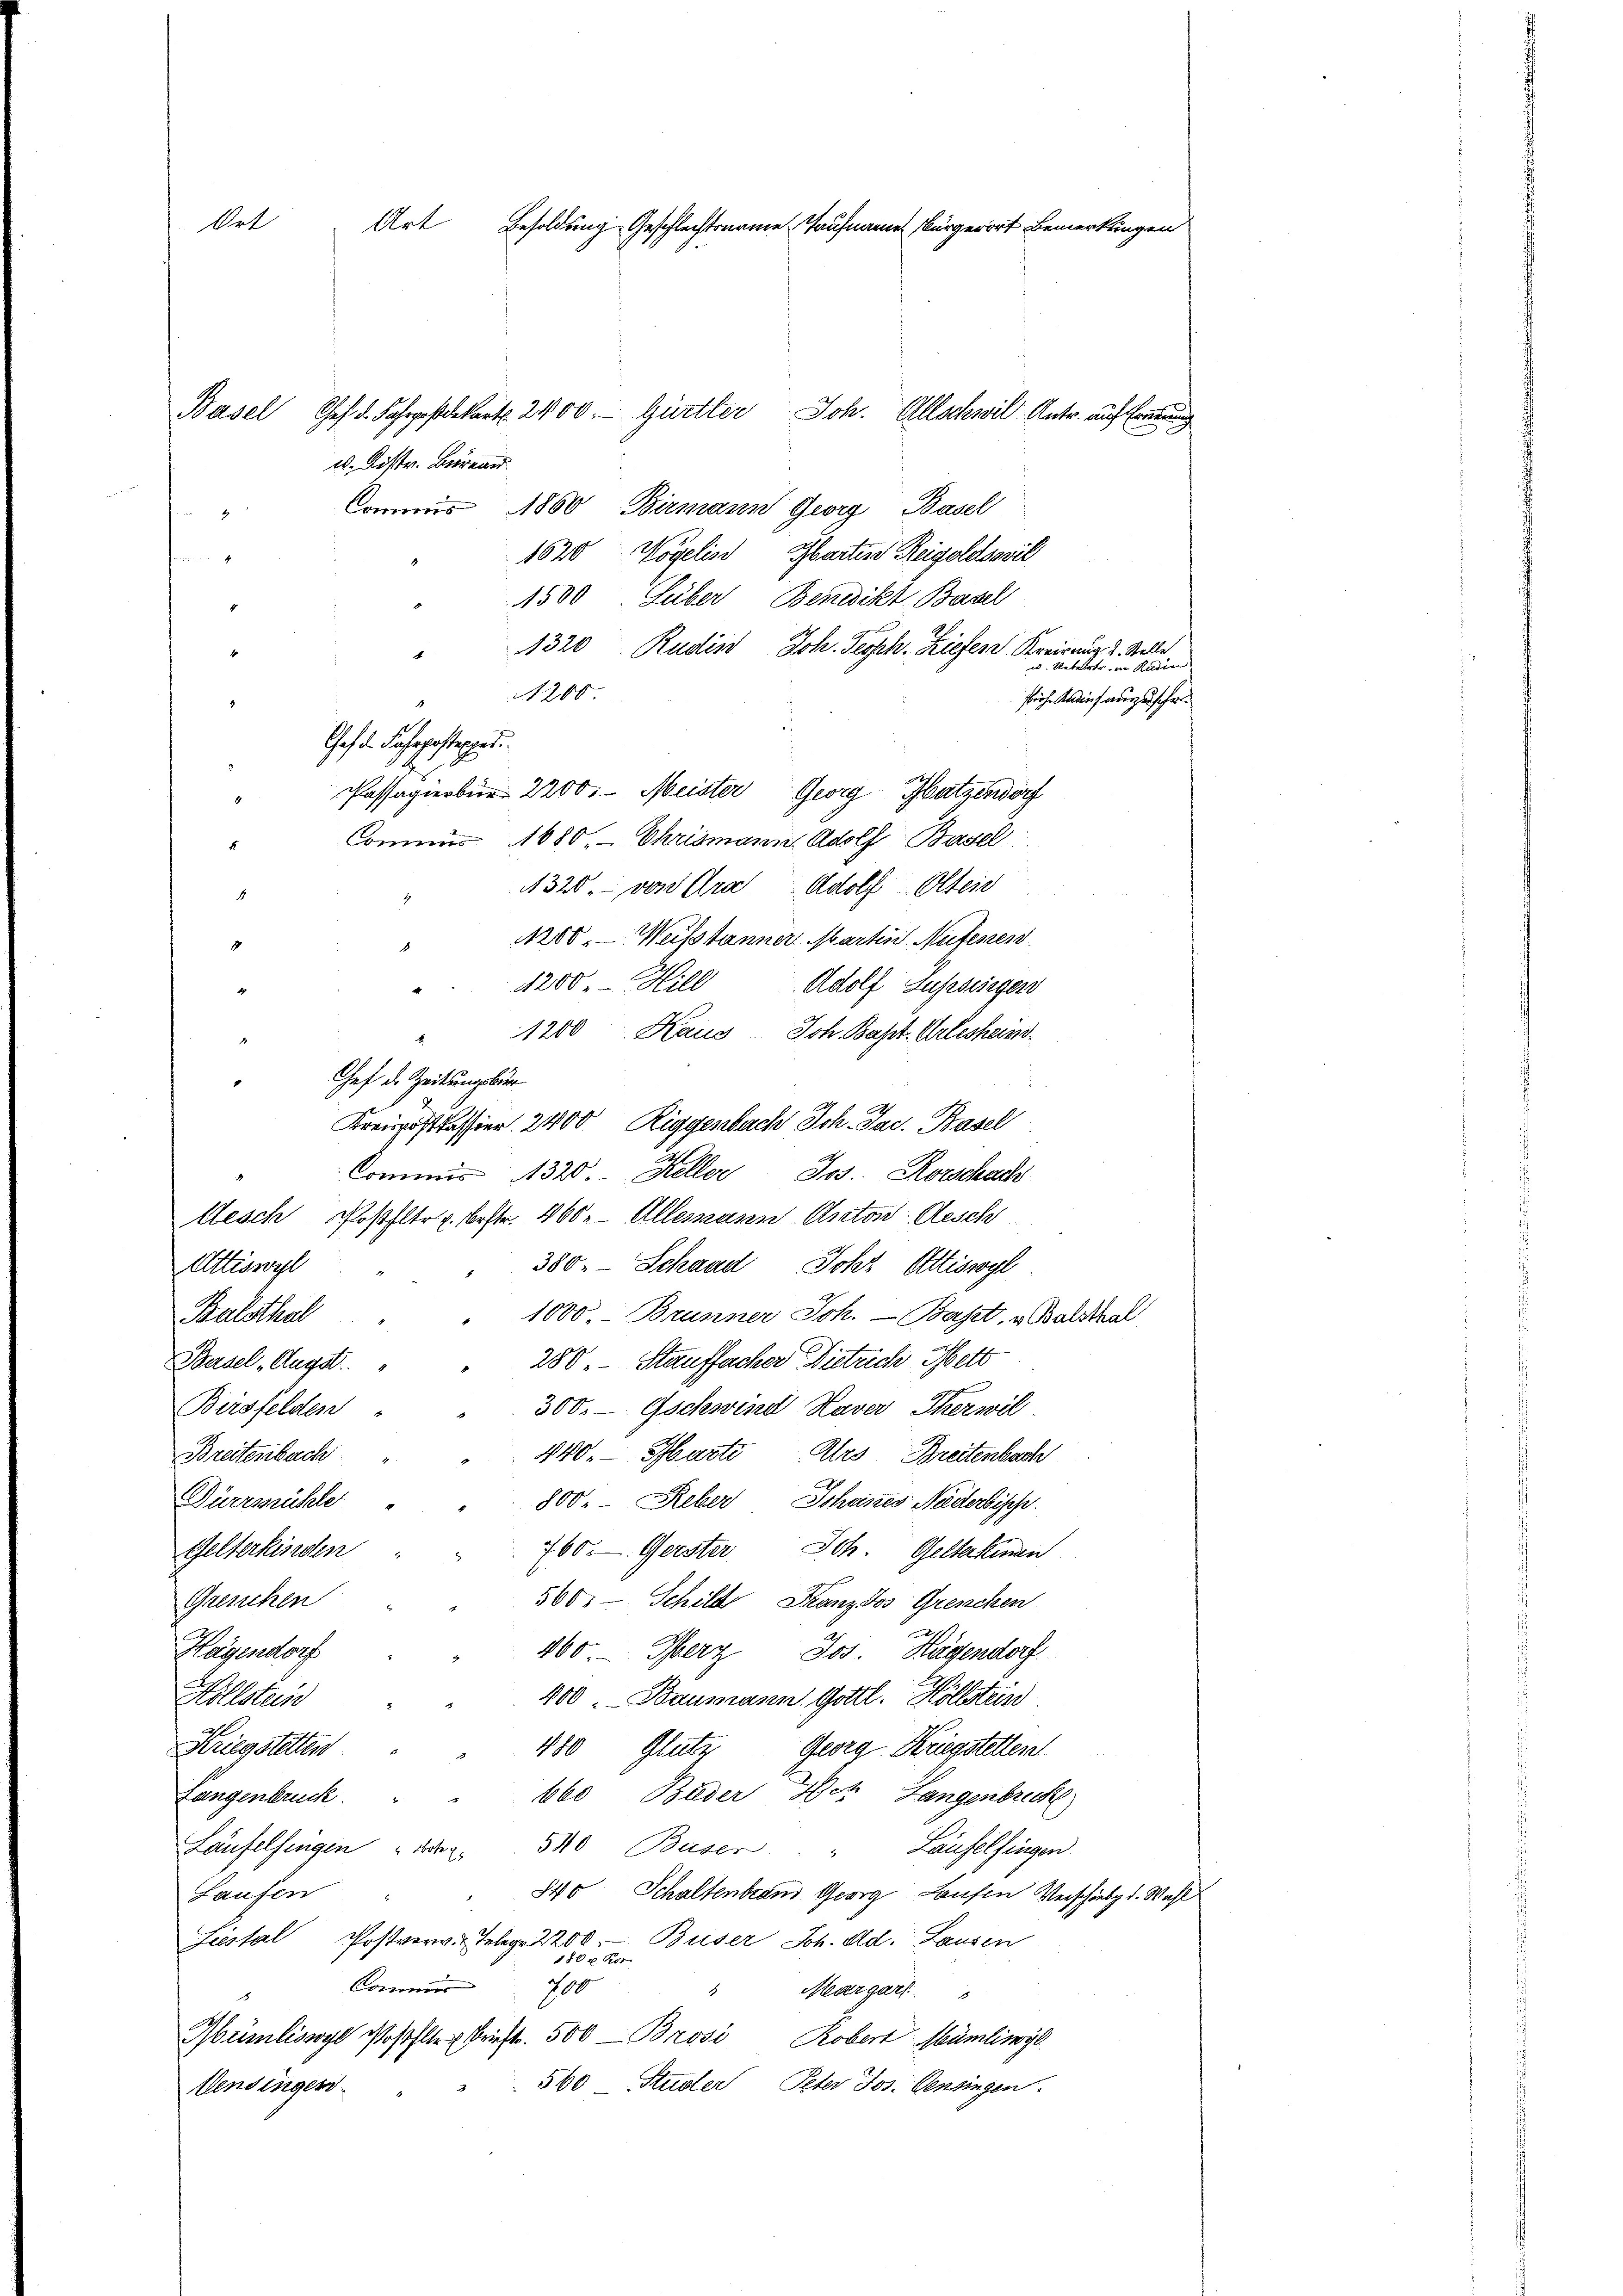
Ort
Art
Besoldung Geschlechtsname Taufnamen bürgerort Bemerkungen

u. Distr. Bernan
". Commis 1800 Birmann Georg Basel
1620 Vögelis Garten Reigoldsovil
4
1500 über Benedikt Basel
1320Rudlin, Joh. Teoph. Liefen Kreirung d. Stelle
. Uebertr. in Rudin
"120
Prch. Kadius auszuschr
Chef d. Jahrgesteres
Passagierber 2200. Meister Georg Hatzendorf
Commis 1080. Chrismann Adolf Basel
1320. von Ara Adolf Oltei
1
4
1200. - Weistanner Martin Aufenen
1
1
4200.- Hill
Adolf Zugesieger
" 1200 Kaus Joh. Bapt. Erlesheim¬
Gef d. Zeitungsbur
Kreispostkassier 2400 Riggenbach Joh. Jac. Basel
Commis 1320. Heller Jos. Rorschach
Aesch Poßfltr. bestr. 460. Allemann Anton Aesch
380. Schaad, Joh Attiswyl
Attiswyl
Balsthal
1000 Brunner Joh. — Baset, u Balsthal
280. Stauffacher Dietrich Hett
Basel Angst
Bersfelden
300.— Gschwind Haver Therwil.
440. Marti Ars Breitenbach
Breitenbach
Düermühle
800. Reber, Schanzes Niederbische
760. Gerster Joh. Gelterkinden
Gelterkinden
.
Gresuchen
560. — Schild, Franz Jos Greschen
Hagendorf
460 Merz Jos Hagendorf
Hillstein
400. Baumann Gottl. Höllstein
Krieg stetten
480 Glute Georg Kriegstellen.
660, Bieder Bez Langenbruck
Langenbruck.
Laufelsingen die
540 Buser " Laufelsingen
840 Schaltenbrand Georg Laufen Verschiebg d. Wahl
Laufer
Siestal Postverv. Telegr. 2200. Beiser Sch. Ad. Lausen
180 f. Ros
Commis
100
"Margart
Mümliswyl Poßler Brieft. 500 — Brosi Robert Mümliwyl
560 Studer, Peter Jos. Pensingen.
Vensingen

Basel Ges. d. Fahrgestekert. 2400. Gürtler
Joh. Allschwil-Antr. auf Freun